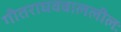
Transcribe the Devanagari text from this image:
गीतराघवबाललीलः